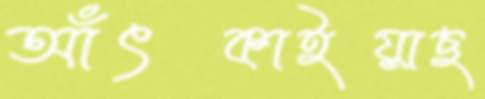
আঁৎকাইয়াছ